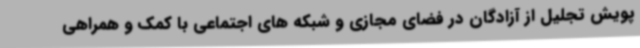
پویش تجلیل از آزادگان در فضای مجازی و شبکه های اجتماعی با کمک و همراهی